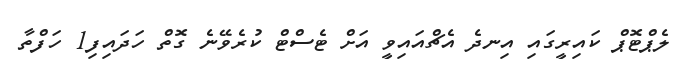
ލެޕްޓޮޕް ކައިރީގައި އިނދެ އެޗްއައިވީ އަށް ޓެސްޓް ކުރެވޭނެ ގޮތް ހަދައިފި1 ހަފްތާ